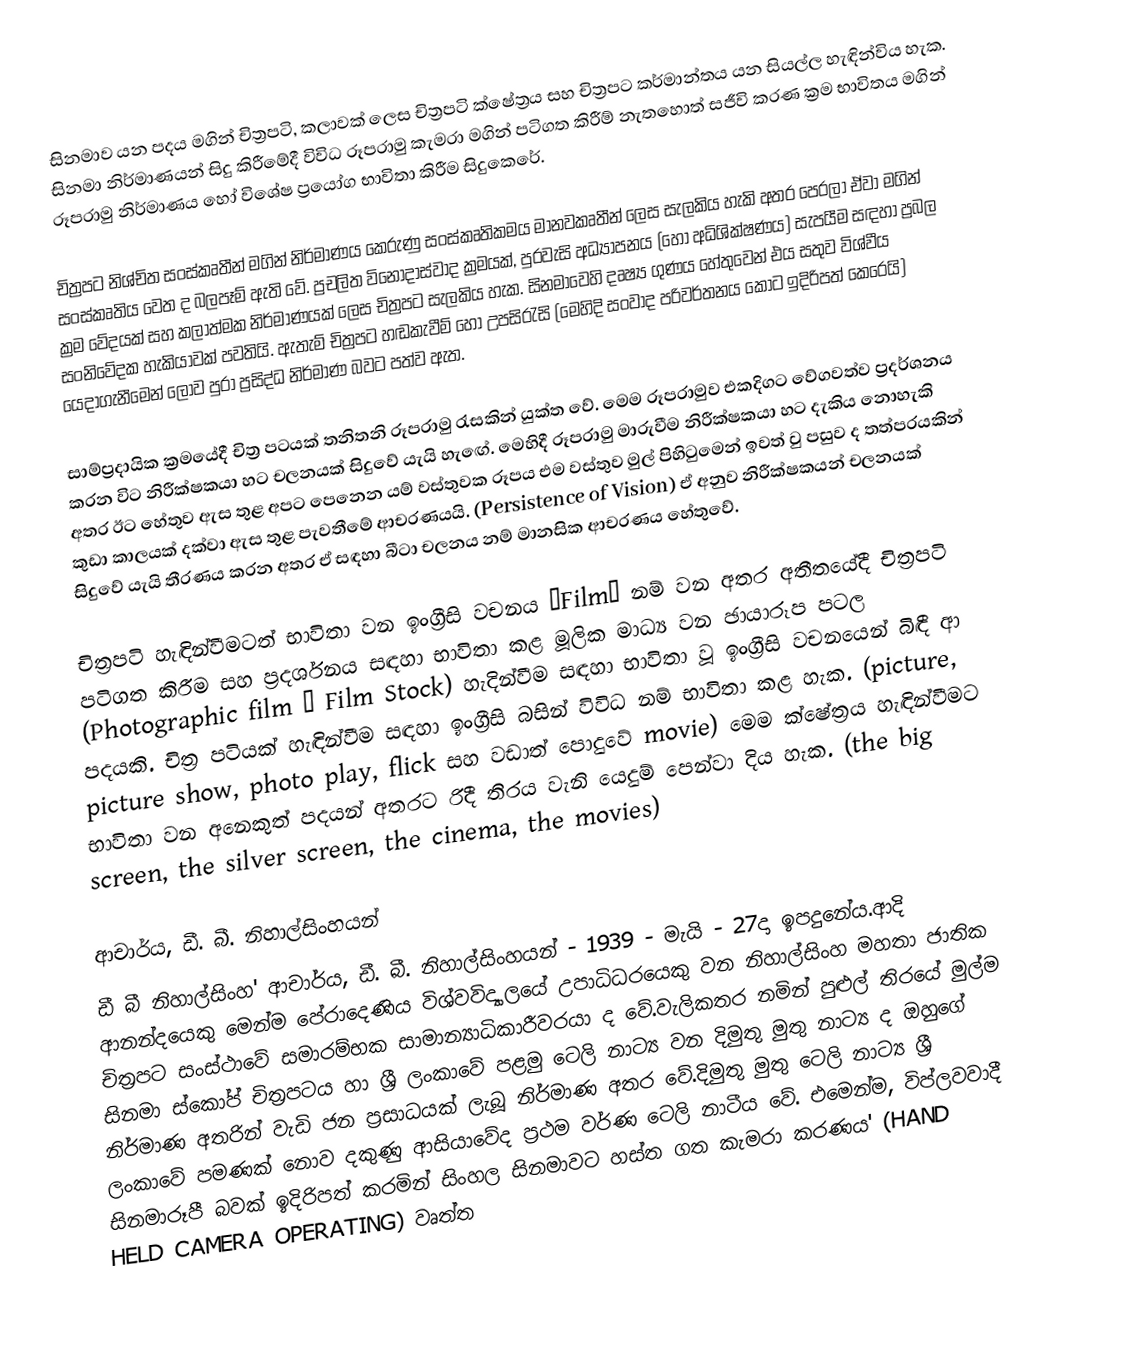
සිනමාව යන පදය මගින් චිත්‍රපටි, කලාවක් ලෙස චිත්‍රපටි ක්ෂේත්‍රය සහ චිත්‍රපට කර්මාන්තය යන සියල්ල හැඳින්විය හැක. සිනමා නිර්මාණයන් සිදු කිරීමේදී විවිධ රූපරාමු කැමරා මගින් පටිගත කිරීම් නැතහොත් සජීවි කරණ ක්‍රම භාවිතය මගින් රූපරාමු නිර්මාණය හෝ විශේෂ ප්‍රයෝග භාවිතා කිරීම සිදුකෙරේ.

චිත්‍රපට නිශ්චිත සංස්කෘතීන් මගින් නිර්මාණය කෙරුණු සංස්කෘතිකමය මානවකෘතීන්  ලෙස සැලකිය හැකි අතර පෙරලා ඒවා මගින් සංස්කෘතිය වෙත ද බලපෑම් ඇති වේ. ප්‍රචලිත විනෝදාස්වාද ක්‍රමයක්, පුරවැසි අධ්‍යාපනය (හෝ අධිශික්ෂණය) සැපයීම සඳහා ප්‍රබල ක්‍රම වේදයක් සහ කලාත්මක නිර්මාණයක් ලෙස චිත්‍රපට සැලකිය හැක.  සිනමාවෙහි දෘෂ්‍ය ගුණය හේතුවෙන් එය සතුව විශ්වීය සංනිවේදක හැකියාවක් පවතියි. ඇතැම් චිත්‍රපට හඬකැවීම් හෝ උපසිරැසි (මෙහිදි සංවාද පරිවර්තනය කොට ඉදිරිපත් කෙරෙයි) යෙදාගැනීමෙන් ලොව පුරා ප්‍රසිද්ධ නිර්මාණ බවට පත්ව ඇත.

සාම්ප්‍රදායික ක්‍රමයේදී චිත්‍ර පටයක් තනිතනි රූපරාමු රැසකින් යුක්ත වේ. මෙම රූපරාමුව එකදිගට වේගවත්ව ප්‍රදර්ශනය කරන විට නිරීක්ෂකයා හට චලනයක් සිදුවේ යැයි හැ‍ඟේ. මෙහිදී රූපරාමු මාරුවීම නිරීක්ෂකයා හට දැකිය නොහැකි අතර ඊට ‍හේතුව ඇස තුළ අපට පෙනෙන යම් වස්තුවක රූපය එම වස්තුව මුල් පිහිටුමෙන් ඉවත් වු පසුව ද තත්පරයකින් කුඩා කාලයක් දක්වා ඇස තුළ  පැවතීමේ ආචරණයයි. (Persistence of Vision) ඒ අනුව නිරීක්ෂකයන් චලනයක් සිදුවේ යැයි තීරණය කරන අතර ඒ සඳහා බීටා චලනය නම් මානසික ආචරණය හේතුවේ.

චිත්‍රපටි හැඳින්වීමටත් භාවිතා වන ඉංග්‍රීසි වචනය “Film” නම් වන අතර අතීතයේදී චිත්‍රපටි පටිගත කිරීම සහ ප්‍රදර්ශනය සඳහා භාවිතා කළ මූලික මාධ්‍ය වන ඡායාරූප පටල (Photographic film – Film Stock) හැදින්වීම සඳහා භාවිතා වූ ඉංග්‍රීසි වචනයෙන් බිඳී ආ පදයකි. චිත්‍ර පටියක් හැඳින්වීම සඳහා ඉංග්‍රීසි බසින් විවිධ නම් භාවිතා කළ හැක. (picture, picture show, photo play, flick සහ වඩාත් පොදුවේ movie) මෙම ක්ෂේත්‍රය හැඳින්වීමට භාවිතා වන අනෙකුත් පදයන් අතරට රිදී තිරය වැනි යෙදුම් පෙන්වා දිය හැක. (the big screen, the silver screen, the cinema, the movies)

ආචාර්ය, ඩී. බී. නිහාල්සිංහයන්
ඩී බී නිහාල්සිංහ' ආචාර්ය, ඩී. බී. නිහාල්සිංහයන් - 1939 - මැයි - 27දා ඉපදුනේය.ආදි ආනන්දයෙකු මෙන්ම පේරාදෙණිය විශ්වවිද්‍යාලයේ උපාධිධරයෙකු වන නිහාල්සිංහ මහතා ජාතික චිත්‍රපට සංස්ථාවේ සමාරම්භක සාමාන්‍යාධිකාරීවරයා ද වේ.වැලි‍කතර නමින් පුළුල් තිරයේ මුල්ම සිනමා ස්කෝප් චිත්‍රපටය හා ශ්‍රී ලංකාවේ පළමු ටෙලි නාට්‍ය වන දිමුතු මුතු නාට්‍ය ද ඔහුගේ නිර්මාණ අතරින් වැඩි ජන ප්‍රසාධයක් ලැබූ නිර්මාණ අතර වේ.දිමුතු මුතු ටෙලි නාට්‍ය ශ්‍රී ලංකාවේ පමණක් නොව දකුණු ආසියාවේද ප්‍රථම වර්ණ ටෙලි නාටීය වේ. එමෙන්ම, විප්ලවවාදී සිනමාරූපී බවක්‌ ඉදිරිපත් කරමින් සිංහල සිනමාවට හස්‌ත ගත කැමරා කරණය' (HAND HELD CAMERA OPERATING) වෘත්ත